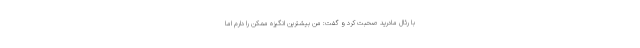
با رئال مادرید صحبت کرد و گفت: من بیشترین انگیزه ممکن را دارم اما